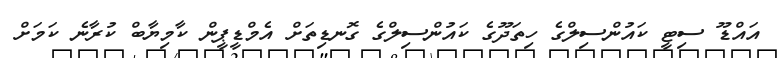
އައްޑޫ ސިޓީ ކައުންސިލްގެ ހިތަދޫގެ ކައުންސިލްގެ ގޮނޑިތަށް އެމްޑީޕީން ކާމިޔާބް ކުރާނެ ކަމަށް